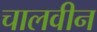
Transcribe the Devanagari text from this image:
चालवीन